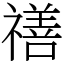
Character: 𥛶